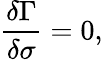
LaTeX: \frac{\delta\Gamma}{\delta\sigma}=0,